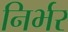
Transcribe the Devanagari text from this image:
निर्भर